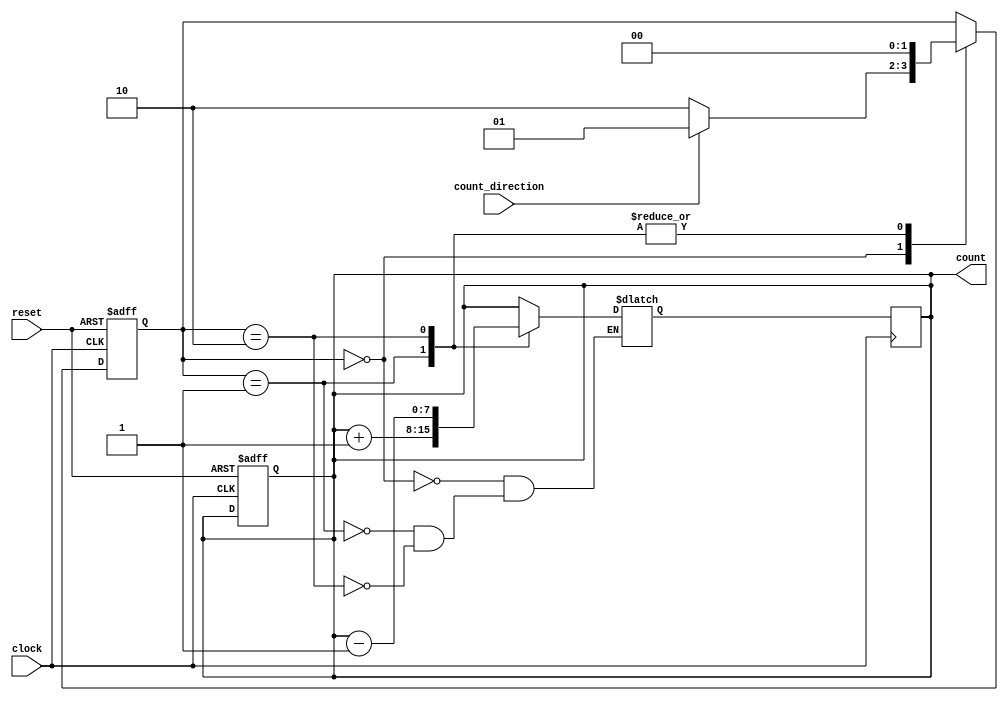
module Counter (
    input wire clock,
    input wire reset,
    input wire count_direction,
    output reg [7:0] count
);

// State machine definition
parameter IDLE = 2'b00;
parameter INC = 2'b01;
parameter DEC = 2'b10;

reg [1:0] state;
reg [7:0] next_count;

always @ (posedge clock or posedge reset) begin
    if (reset) begin
        state <= IDLE;
        count <= 8'b00000000;
    end else begin
        case (state)
            IDLE: begin
                if (count_direction) begin
                    state <= INC;
                end else begin
                    state <= DEC;
                end
            end
            INC: begin
                state <= IDLE;
            end
            DEC: begin
                state <= IDLE;
            end
        endcase
    end
end

always @ (*) begin
    case (state)
        IDLE: begin
            next_count = count;
        end
        INC: begin
            next_count = count + 1;
        end
        DEC: begin
            next_count = count - 1;
        end
    endcase
end

always @ (posedge clock) begin
    count <= next_count;
end

endmodule